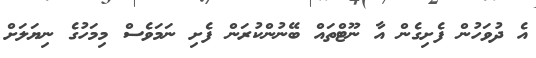
އެ ދުވަހުން ފެށިގެން އާ ނޫޓްތައް ބޭނުންކުރަން ފެށި ނަމަވެސް މިމަހުގެ ނިޔަލަށް